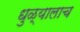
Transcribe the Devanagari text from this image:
धुळ्यालाच